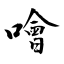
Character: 噲